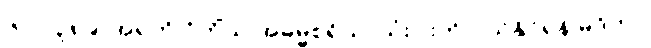
၆-ပါ-၃၈၉၊ အရတိ ဝိတိံသ အဓမ္မစရိယာသုံးပါးကို ပယ်နိုင်ရန် မုဒိတာ